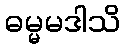
ဓမ္မမဒါသိ